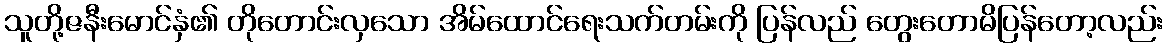
သူတို့ဇနီးမောင်နှံ၏ တိုတောင်းလှသော အိမ်ထောင်ရေးသက်တမ်းကို ပြန်လည် တွေးတောမိပြန်တော့လည်း